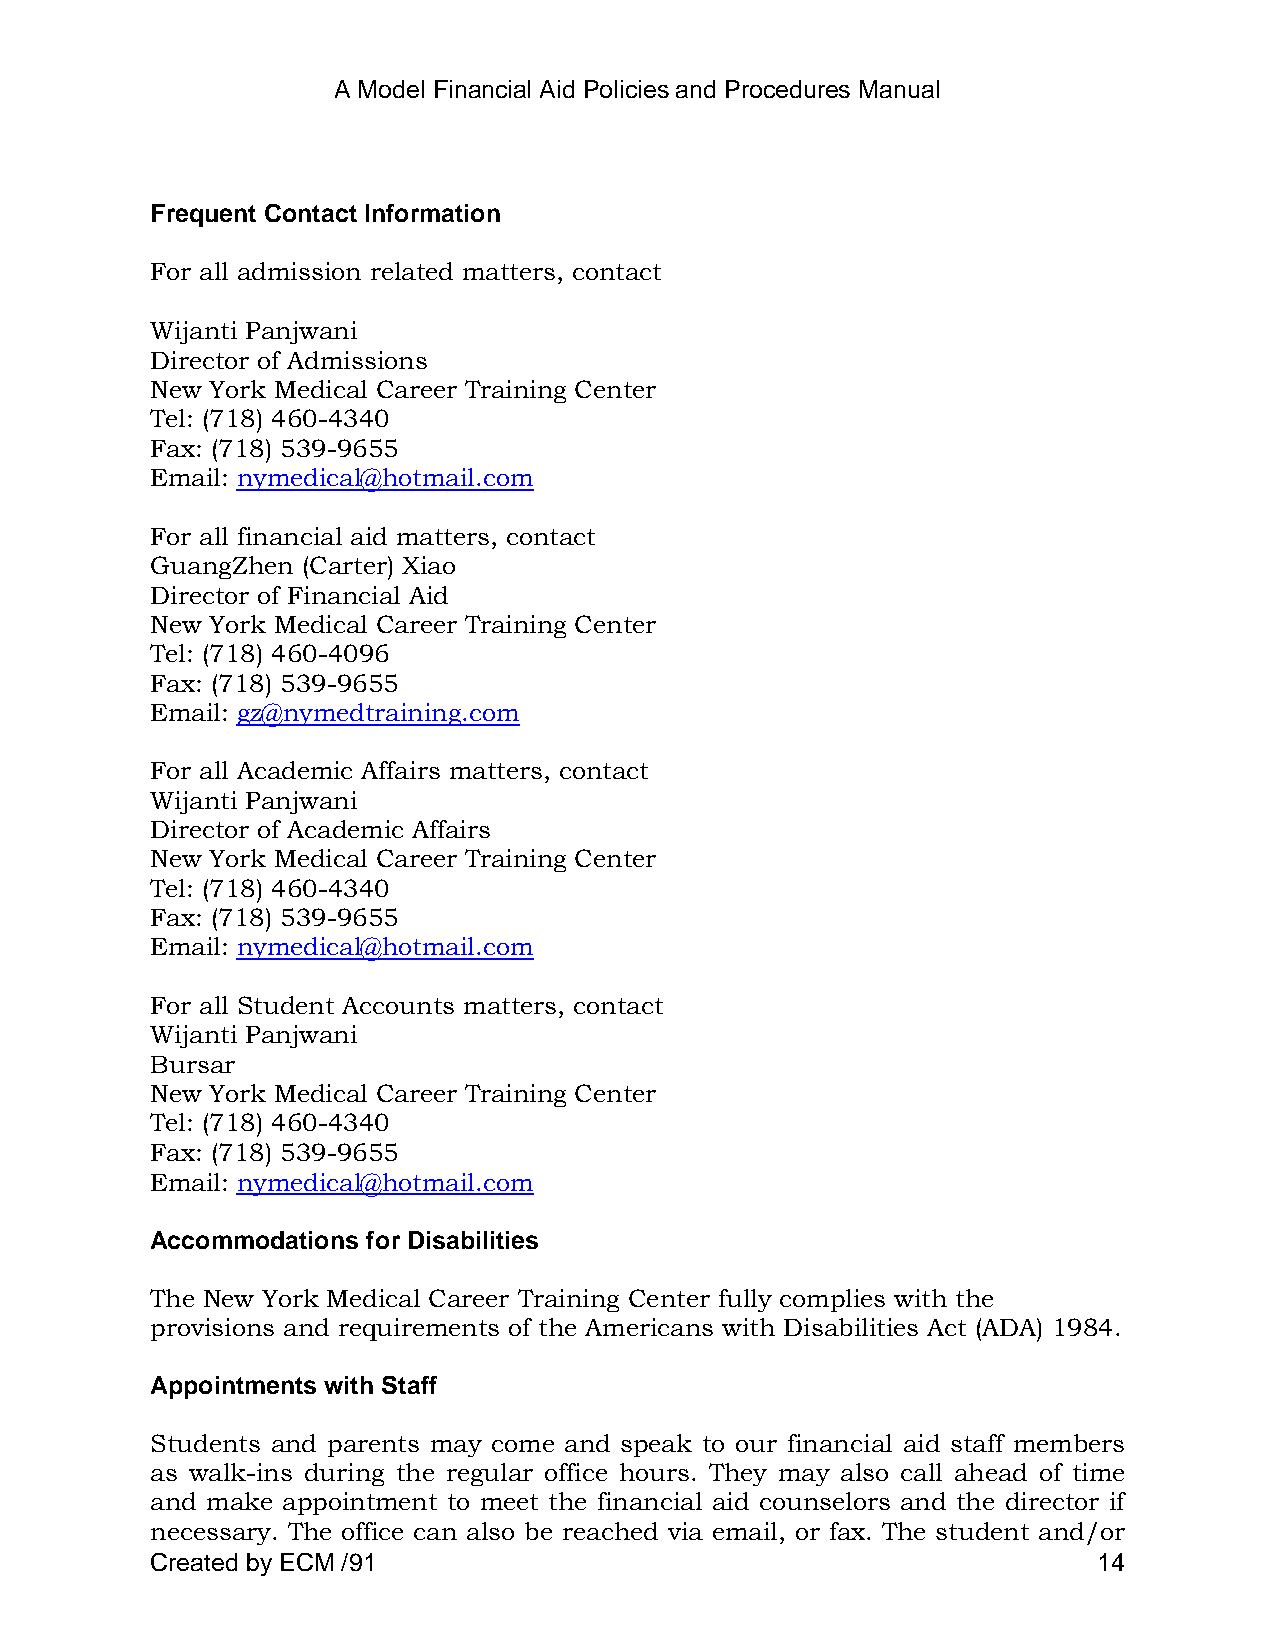
A Model Financial Aid Policies and Procedures Manual
 Frequent Contact Information
 For all admission related matters, contact
 Wijanti Panjwani
 Director of Admissions
 New York Medical Career Training Center
 Tel: (718) 460-4340
 Fax: (718) 539-9655
 Email: nymedical@hotmail.com
 For all financial aid matters, contact
 GuangZhen (Carter) Xiao
 Director of Financial Aid
 New York Medical Career Training Center
 Tel: (718) 460-4096
 Fax: (718) 539-9655
 Email: gz@nymedtraining.com
 For all Academic Affairs matters, contact
 Wijanti Panjwani
 Director of Academic Affairs
 New York Medical Career Training Center
 Tel: (718) 460-4340
 Fax: (718) 539-9655
 Email: nymedical@hotmail.com
 For all Student Accounts matters, contact
 Wijanti Panjwani
 Bursar
 New York Medical Career Training Center
 Tel: (718) 460-4340
 Fax: (718) 539-9655
 Email: nymedical@hotmail.com
 Accommodations for Disabilities
 The New York Medical Career Training Center fully complies with the
 provisions and requirements of the Americans with Disabilities Act (ADA) 1984.
 Appointments with Staff
 Students and parents may come and speak to our financial aid staff members
 as walk-ins during the regular office hours. They may also call ahead of time
 and make appointment to meet the financial aid counselors and the director if
 necessary. The office can also be reached via email, or fax. The student and/or
 Created by ECM /91                                             14